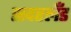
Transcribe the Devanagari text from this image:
सदरलँड